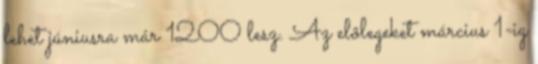
lehet júniusra már 1200 lesz. Az elõlegeket március 1-ig